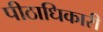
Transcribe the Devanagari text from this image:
पीठाधिकारी